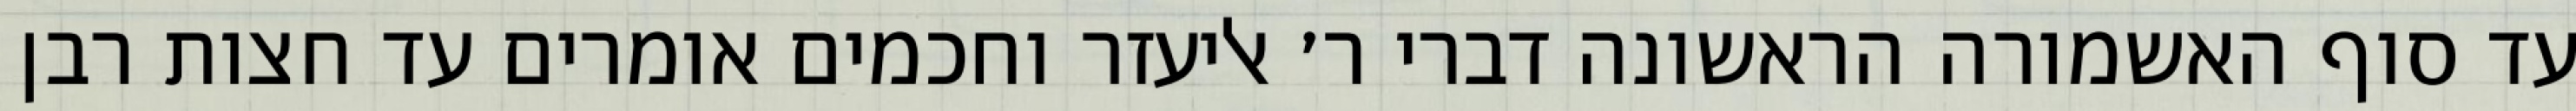
עד סוף האשמורה הראשונה דברי ר׳ אליעזר וחכמים אומרים עד חצות רבן